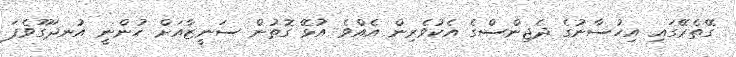
ގޭތެރޭގައި އިހުސާނުގެ ދެޖިންސްގެ އެކުވެރިން އެއްވެ އުޅޭ ގޮތުން ސަނީޒާއަށް ހުންނީ އުނދަގޫވެފަ